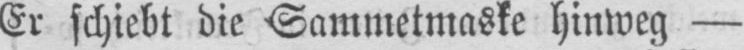
Er schiebt die Sammetmaske hinweg -